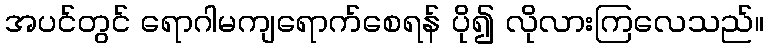
အပင်တွင် ရောဂါမကျရောက်စေရန် ပို၍ လိုလားကြလေသည်။